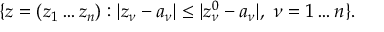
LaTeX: \{ z = ( z _ { 1 } \dots z _ { n } ) : | z _ { \nu } - a _ { \nu } | \leq | z _ { \nu } ^ { 0 } - a _ { \nu } | , \ \nu = 1 \dots n \} .